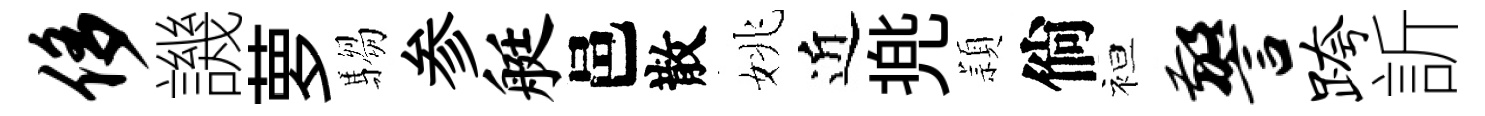
侈譏萝騶参艇邑散姚近兠頴倘袒警跨訢